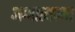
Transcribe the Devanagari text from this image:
अश्वात्थामा